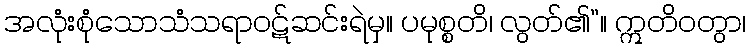
အလုံးစုံသောသံသရာဝဋ်ဆင်းရဲမှ။ ပမုစ္စတိ၊ လွတ်၏”။ ဣတိဝတွာ၊